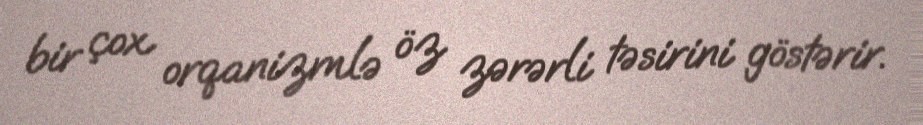
bir çox orqanizmlə öz zərərli təsirini göstərir.